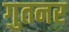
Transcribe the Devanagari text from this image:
गुतनर